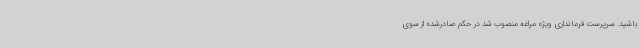
باشید. سرپرست فرمانداری ویژه مراغه منصوب شد در حکم صادرشده از سوی